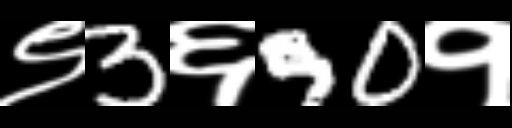
Text: ९3६90१